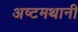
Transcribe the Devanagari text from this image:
अष्टमथानी